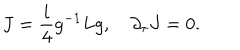
J = \frac { i } { 4 } g ^ { - 1 } L g , \quad \partial _ { \tau } J = 0 .